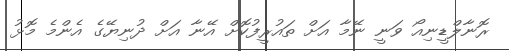
ރޮނާލްޑީނިއޯ ވަނީ ނޭމާ އަށް ތައުރީފުކޮށް އޭނާ އަށް ދުނިޔޭގެ އެންމެ މޮޅު